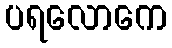
ပရလောကေ